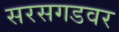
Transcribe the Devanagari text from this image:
सरसगडवर